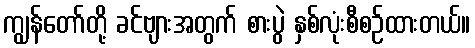
ကျွန်တော်တို့ ခင်ဗျားအတွက် စားပွဲ နှစ်လုံးစီစဉ်ထားတယ်။